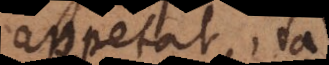
appetat, ita